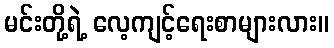
မင်းတို့ရဲ့ လေ့ကျင့်ရေးစာများလား။